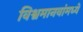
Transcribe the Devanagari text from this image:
विश्वमानवांमध्ये